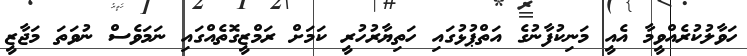
ހަވާލުކުރެއްވީމާ އެއީ މަނިކުފާނުގެ އަތްޕުޅުގައި ހަތިޔާރުހުރީ ކަމަށް ރަމްޒީގޮތެއްގައި ނަމަވެސް ނުވަތަ މަޖާޒީ